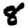
Digit: 8